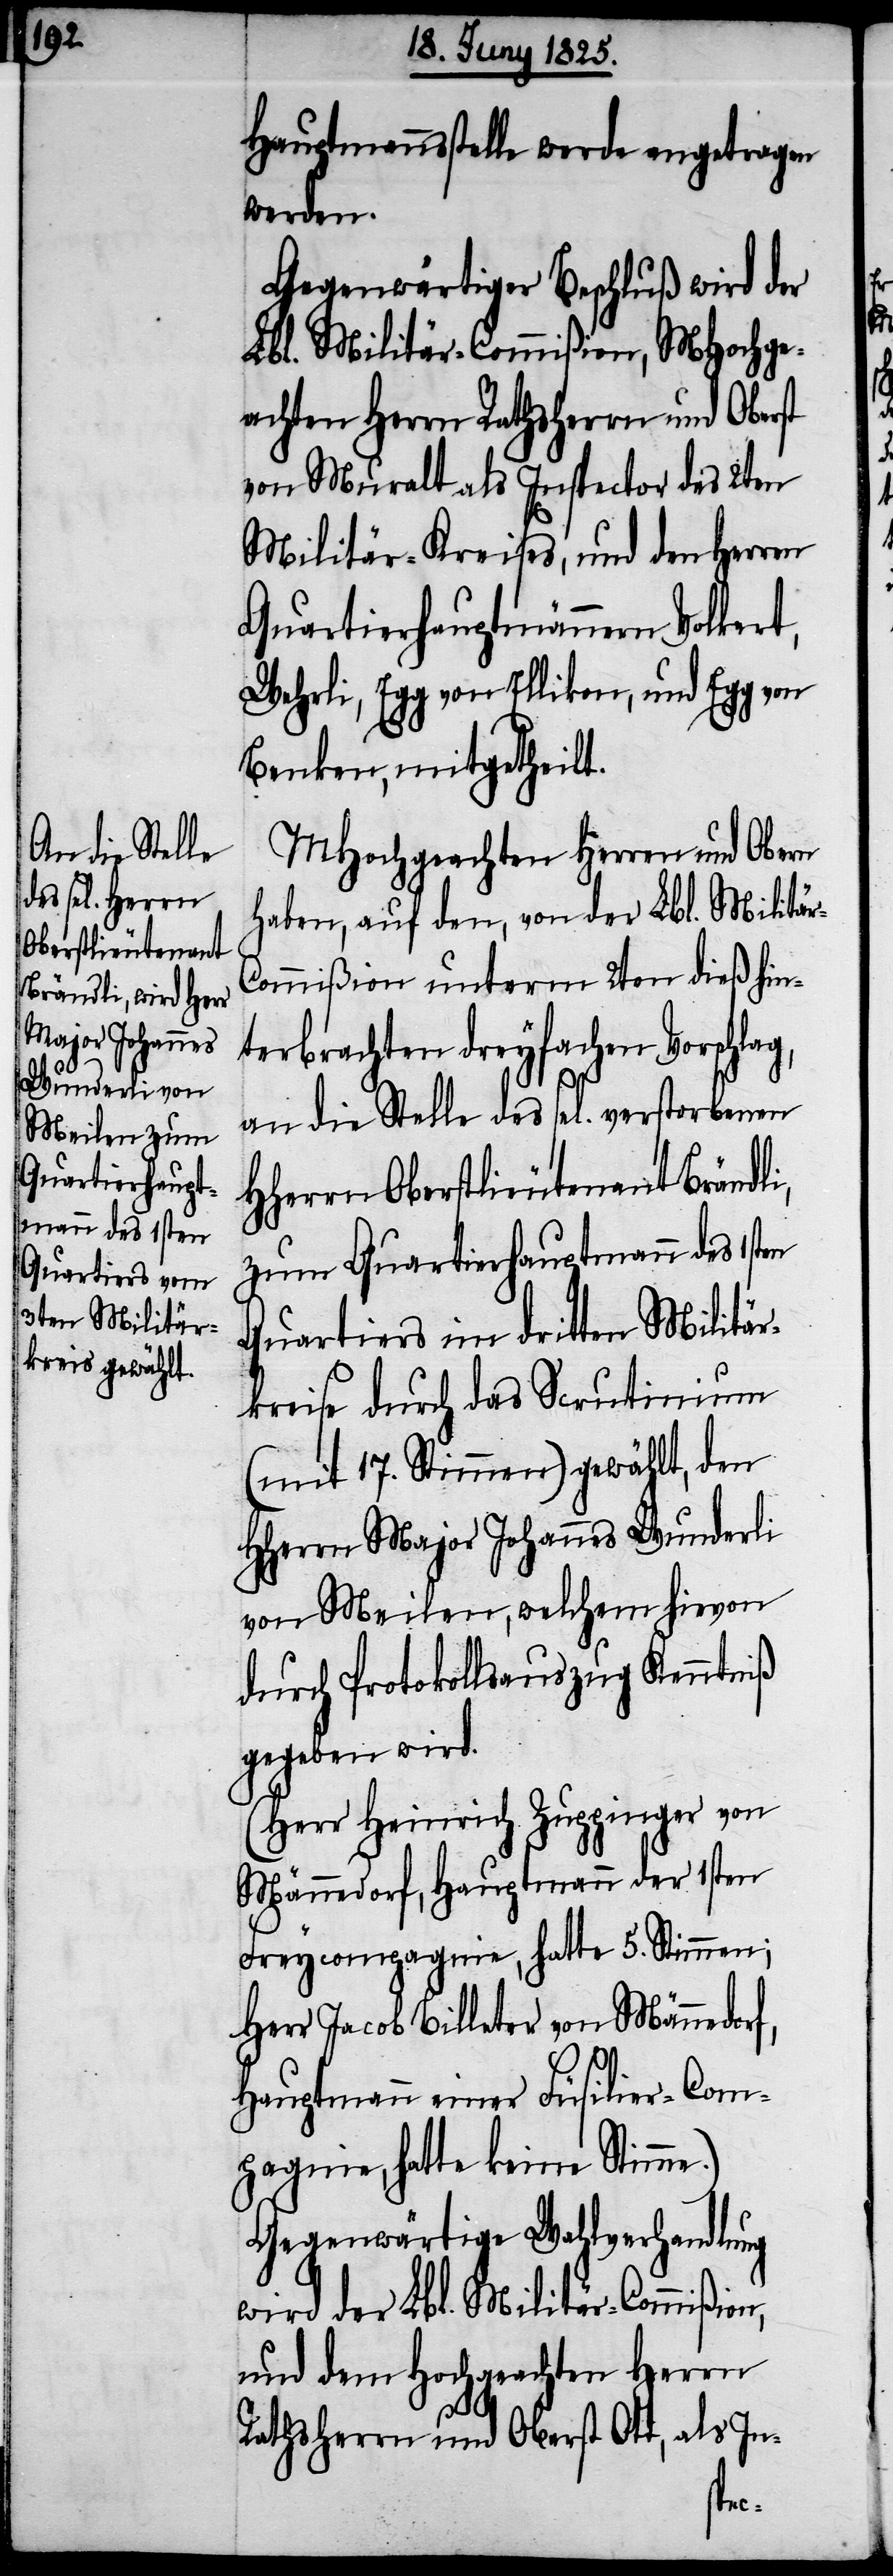
n,

an die Stelle
Quartierhaupt¬
mann des 1sten

Hauptmannsstelle werde angetragen
werden.
Gegenwärtiger Beschluß wird der
Lbl. Militär-Commißion, MHochge¬
achten Herrn Rathsherrn und Oberst
von Muralt als Inspector des 2ten
Militär-Kreises, und den Herren
Quartierhauptmännern Volkert,
Wehrli, Egg von Ellikon, und Egg von
Benken, mitgetheilt.
MHochgeachten Herren und Obern
haben, auf den, von der Lbl. Militä¬
ommißion unterm 2ten dieß hin¬
terbrachten dreyfachen Vorschlag,
HHerrn Oberstlieutenant Brändli,
Quartiers im dritten Militär¬
kreise durch das Scrutinium
(mit 17. Stimmen) gewählt, den
HHerrn Major Johannes Wunderli
von Meilen, welchem hievon
durch Protokollsauszug Kenntniß
gegeben wird.
(Herr Heinrich Zuppinger von
Männedorf, Hauptmann der 1sten
Freycompagnie, hatte 5. Stimmen;
Herr Jacob Billeter von Männedor¬
Hauptmann einer Füsilir-Com¬
pagnie, hatte keine Stimme.)
Gegenwärtige Wahlverhandlung
wird der Lbl. Militär-Commißio¬
und dem Hochgeachten Herrn
Rathsherrn und Oberst Ott, als In-
r-C¬